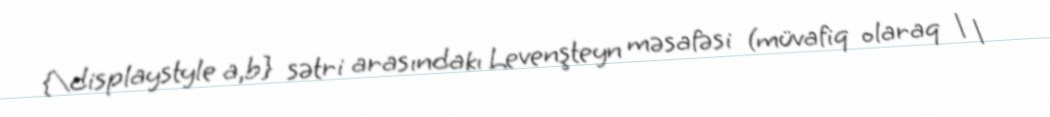
{\displaystyle a,b} sətri arasındakı Levenşteyn məsafəsi (müvafiq olaraq | |